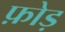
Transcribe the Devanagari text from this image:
फ़ोड़